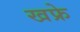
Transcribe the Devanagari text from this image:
खफ्रे